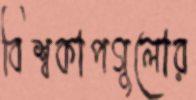
বিশ্বকাপগুলোর